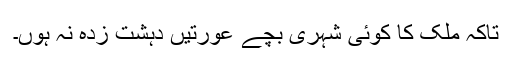
تاکہ ملک کا کوئی شہری بچے عورتیں دہشت زدہ نہ ہوں۔